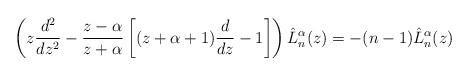
LaTeX: \begin{align*}\left(z\frac{d^2}{dz^2}-\frac{z-\alpha}{z+\alpha}\left[(z+\alpha+1)\frac{d}{dz}-1\right]\right)\hat{L}_n^{\alpha}(z)=-(n-1)\hat{L}_n^{\alpha}(z)\end{align*}